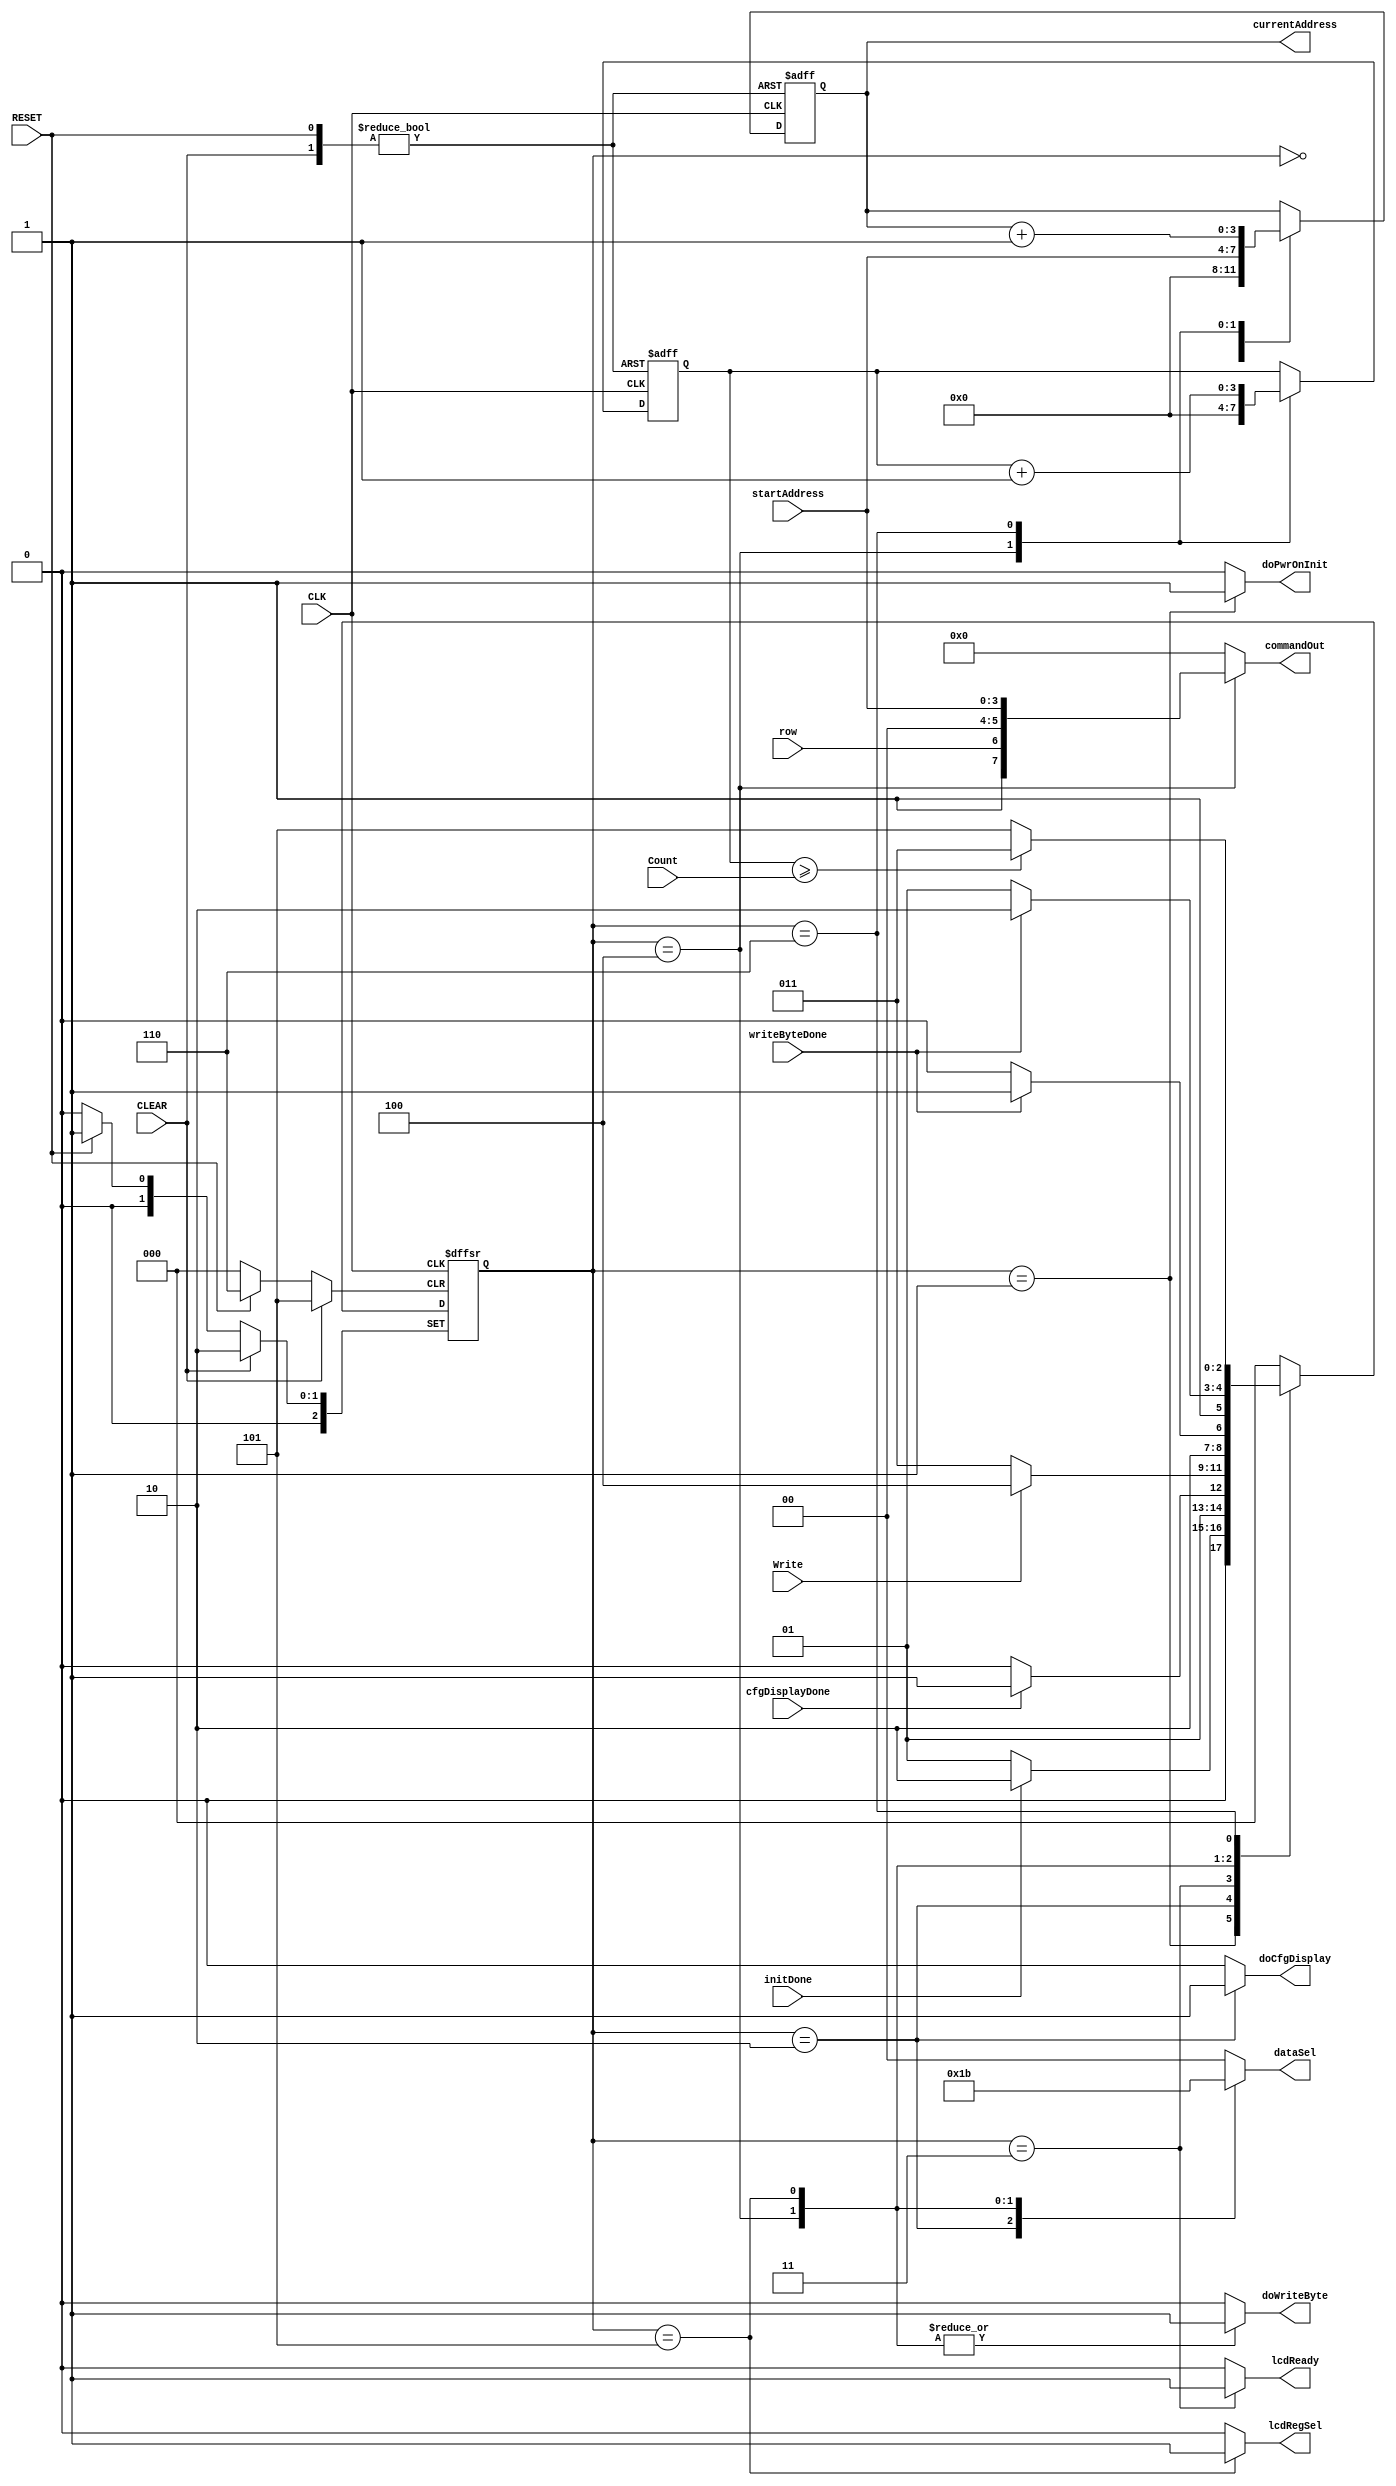
module lcd_control_master(CLK,
                          RESET,
                          CLEAR,
                          initDone,
                          cfgDisplayDone,
                          writeByteDone,
                          Write,
                          startAddress,
                          Count,
                          row,
                          doPwrOnInit,
                          doCfgDisplay,
                          doWriteByte,
                          lcdRegSel,
                          currentAddress,
                          dataSel,
                          commandOut,
                          lcdReady
                          );

   input       CLK;
   input       RESET;
   input       CLEAR;
   input       initDone;
   input       cfgDisplayDone;
   input       writeByteDone;
   input       Write;
   input [3:0] startAddress;
   input [3:0] Count;
   input       row;
   

   output       doPwrOnInit;
   output       doCfgDisplay;
   output       doWriteByte;
   output       lcdRegSel;
   output [3:0] currentAddress;
   output [1:0] dataSel;
   output [7:0] commandOut;
   output       lcdReady;
   
   reg          doPwrOnInit;
   reg          doCfgDisplay;
   reg          doWriteByte;
   reg          lcdRegSel;
   reg [3:0]    currentAddress;
   reg [1:0]    dataSel;
   reg [7:0]    commandOut;
   reg          lcdReady;

   // state flip-flops
   reg [2:0]     current_state;
   reg [2:0]     next_state;
   reg [3:0]     n;
   reg [3:0]     next_n;
   reg [3:0]     next_address;

   // state definitions
   parameter     WAIT = 0;
   parameter     PWR_ON_INIT = 1;
   parameter     CFG_DISPLAY = 2;
   parameter     DISPATCH = 3;
   parameter     SET_ADDR = 4;
   parameter     WRITE_BYTE = 5;
   parameter     NEXT_BYTE = 6;

   // update current state
   always @ (posedge CLK, posedge RESET, posedge CLEAR)
     begin
        if (RESET)
          begin
             current_state = PWR_ON_INIT;
             currentAddress = 4'b0000;
             n = 4'b0000;
          end
        else if (CLEAR)
          begin
             current_state = CFG_DISPLAY;
             currentAddress = 4'b0000;
             n = 4'b0000;
          end
        else
          begin
             current_state = next_state;
             currentAddress = next_address;
             n = next_n;
          end
     end

   // Output signals
   always @ (current_state, startAddress, currentAddress, n, row)
     begin
        doPwrOnInit = 0;
        doCfgDisplay = 0;
        doWriteByte = 0;
        lcdReady = 0;
        dataSel = 2'b00;
        lcdRegSel = 0;
        next_address = currentAddress;
        next_n = n;
        commandOut = 8'b00000000;

        case (current_state)

          WAIT:
            begin
               next_address = 4'b0000;
            end

          PWR_ON_INIT:
            begin
               doPwrOnInit = 1;
               dataSel = 2'b00;
            end

          CFG_DISPLAY:
            begin
               doCfgDisplay = 1;
               dataSel = 2'b01;
            end

          DISPATCH:
            begin
               lcdReady = 1;
            end

          SET_ADDR:
            begin
               doWriteByte = 1;
               lcdRegSel = 0;
               next_address = startAddress;
               next_n = 0;
               dataSel = 2'b10;
               commandOut = {1'b1, row, 2'b00, startAddress};
            end

          WRITE_BYTE:
            begin
               doWriteByte = 1;
               lcdRegSel = 1;
               dataSel = 2'b11;
            end
          
          NEXT_BYTE:
            begin
               next_address = currentAddress+1;
               next_n = n+1;
            end
          
          default:
            begin
            end

        endcase
     end

   // Next state
   always @ (current_state, initDone, cfgDisplayDone, Write, writeByteDone, n, Count)
     begin
        case (current_state)

          WAIT:
            begin
                 next_state = WAIT;
            end

          PWR_ON_INIT:
            begin
               if (initDone)
                 next_state = CFG_DISPLAY;
               else
                 next_state = PWR_ON_INIT;
            end

          CFG_DISPLAY:
            begin
               if (cfgDisplayDone)
                 next_state = DISPATCH;
               else
                 next_state = CFG_DISPLAY;
            end

          DISPATCH:
            begin
               if (Write)
                 next_state = SET_ADDR;
               else
                 next_state = DISPATCH;
            end

          SET_ADDR:
            begin
               if (writeByteDone)
                 next_state = WRITE_BYTE;
               else
                 next_state = SET_ADDR;
            end

          WRITE_BYTE:
            begin
               if (writeByteDone)
                 next_state = NEXT_BYTE;
               else
                 next_state = WRITE_BYTE;
            end
          
          NEXT_BYTE:
            begin
               if (n >= Count)
                 next_state = DISPATCH;
               else
                 next_state = WRITE_BYTE;
            end
          
          default:
            begin
                 next_state = WAIT;
            end

        endcase
     end
endmodule